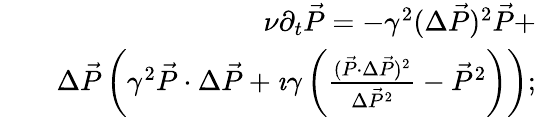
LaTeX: \begin{array}{rlr}&{}&{\nu\partial_{t}\vec{P}=-\gamma^{2}(\Delta\vec{P})^{2}\vec{P}+}\\ &{}&{\Delta\vec{P}\left(\gamma^{2}\vec{P}\cdot\Delta\vec{P}+\imath\gamma\left(\frac{(\vec{P}\cdot\Delta\vec{P})^{2}}{\Delta\vec{P}^{2}}-\vec{P}^{2}\right)\right);}\end{array}